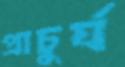
প্রাচুর্য